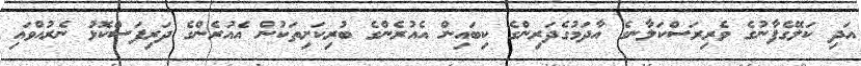
އަދި ކަލޭގެފާނުގެ ވެރިރަސްކަލާނގެ އާދަމުގެދަރިންގެ ކިބައިން އެއުރެންގެ ބުރިކަށިތަކުން އެއުރެންގެ ދަރިފަސްކޮޅު ނެރުއްވައި